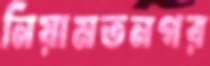
নিয়ামতনগর